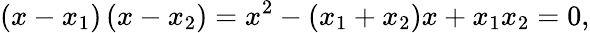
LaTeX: \left(x-x_{1}\right)\left(x-x_{2}\right)=x^{2}-\left(x_{1}+x_{2}\right)x+x_{1}x_{2}=0,